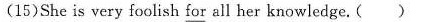
(15)She is very foolish for all her knowledge. ( )